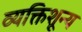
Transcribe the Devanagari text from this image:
व्यक्तिशून्य